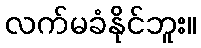
လက်မခံနိုင်ဘူး။